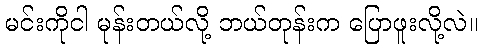
မင်းကိုငါ မုန်းတယ်လို့ ဘယ်တုန်းက ပြောဖူးလို့လဲ။